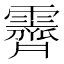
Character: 霽